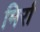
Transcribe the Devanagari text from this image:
मिर्रा